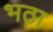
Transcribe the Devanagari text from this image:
भठा